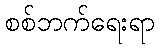
စစ်ဘက်ရေးရာ